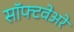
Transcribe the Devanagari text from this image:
सॉफ्टवेअरे